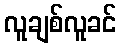
လူချစ်လူခင်